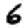
Digit: 6